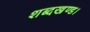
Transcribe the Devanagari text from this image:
शब्दखण्ड।